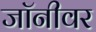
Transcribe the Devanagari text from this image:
जॉनीवर